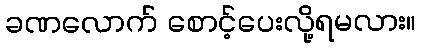
ခဏလောက် စောင့်ပေးလို့ရမလား။